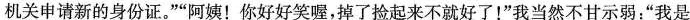
机关申请新的身份证。””阿姨！你好好笑喔，掉了捡起来不就好了！”我当然不甘示弱：”我是